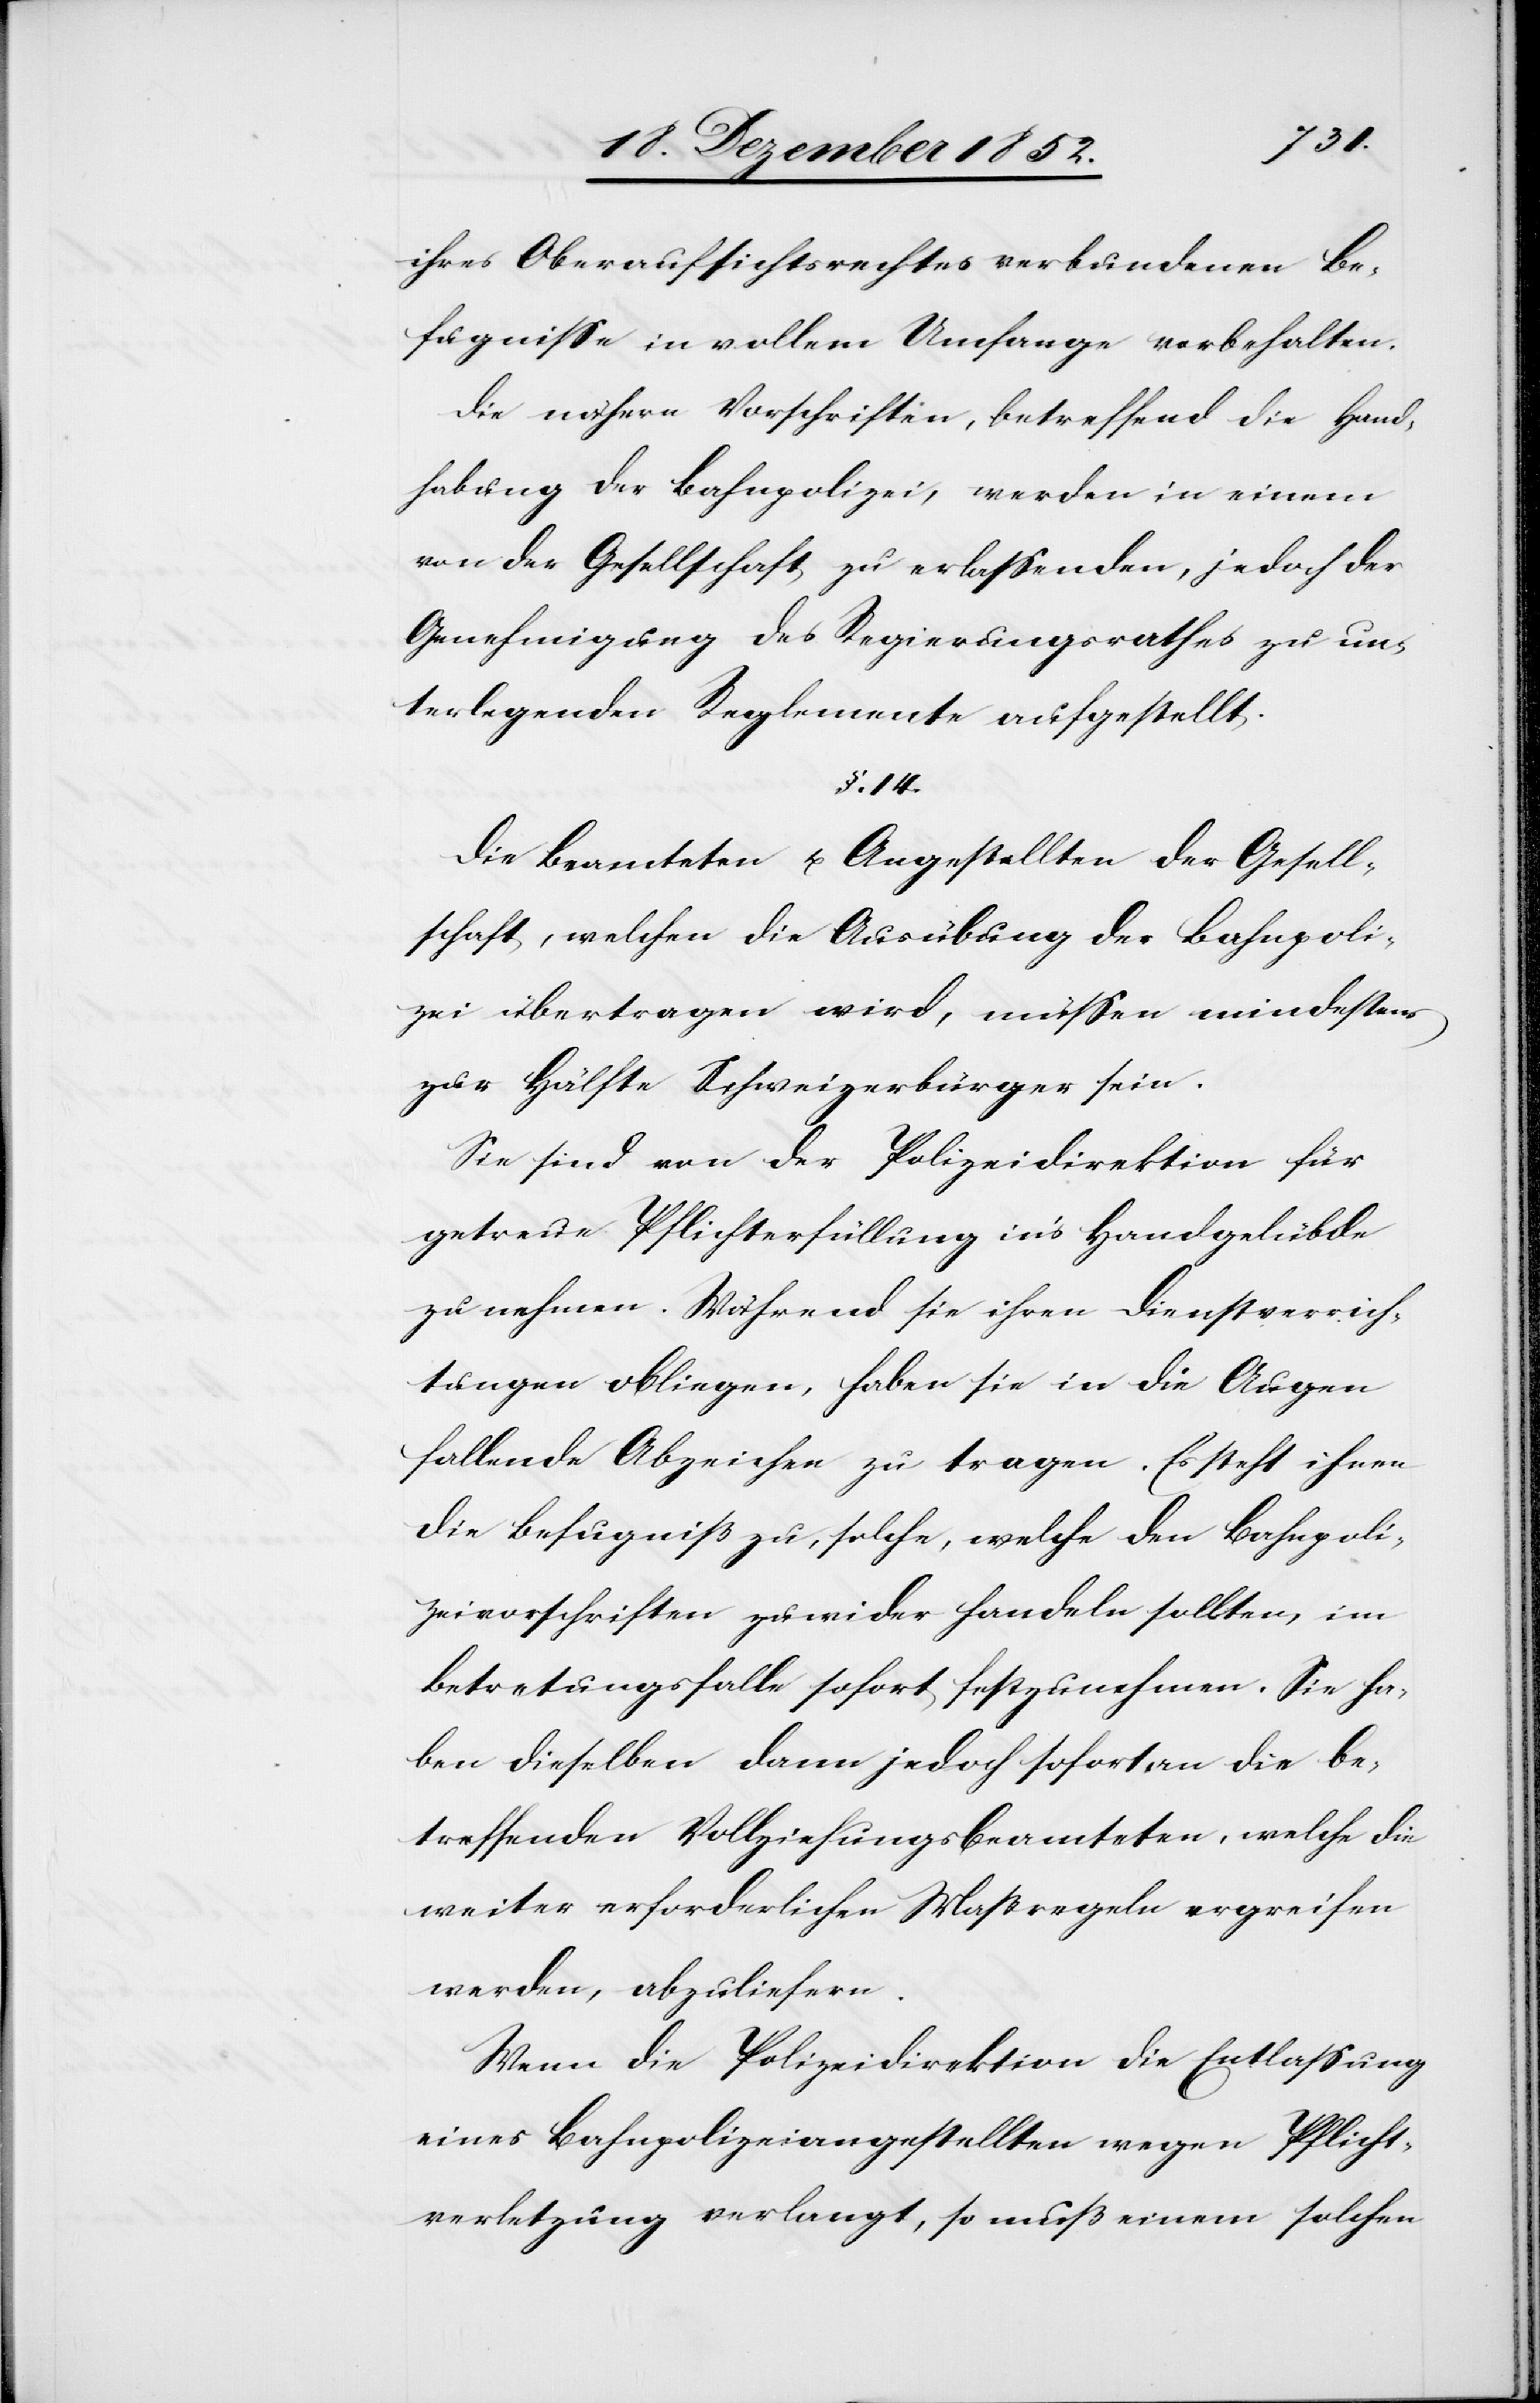
ihres Oberaufsichtsrechtes verbundenen Be¬
fugnisse in vollem Umfange vorbehalten.
Die nähern Vorschriften, betreffend die Hand¬
habung der Bahnpolizei, werden in einem
von der Gesellschaft zu erlassenden, jedoch der
Genehmigung des Regierungsrathes zu un¬
terlegenden Reglemente aufgestellt.
§. 14.
Die Beamteten u. Angestellten der Gesell¬
schaft, welchen die Ausübung der Bahnpoli¬
zei übertragen wird, müssen mindestens
zur Hälfte Schweizerbürger sein.
Sie sind von der Polizeidirektion für
getreue Pflichterfüllung in’s Handgelübde
zu nehmen. Während sie ihren Dienstverrich¬
tungen obliegen, haben sie in die Augen
fallende Abzeichen zu tragen. Es steht ihnen
die Befugniß zu, solche, welche den Bahnpoli¬
zeivorschriften zuwider handeln sollten, im
Betretungsfalle sofort festzunehmen. Sie ha¬
ben dieselben dann jedoch sofort an die be¬
treffenden Vollziehungsbeamteten, welche die
weiter erforderlichen Maßregeln ergreifen
werden, abzuliefern.
Wenn die Polizeidirektion die Entlassung
eines Bahnpolizeiangestellten wegen Pflicht¬
verletzung verlangt, so muß einem solchen